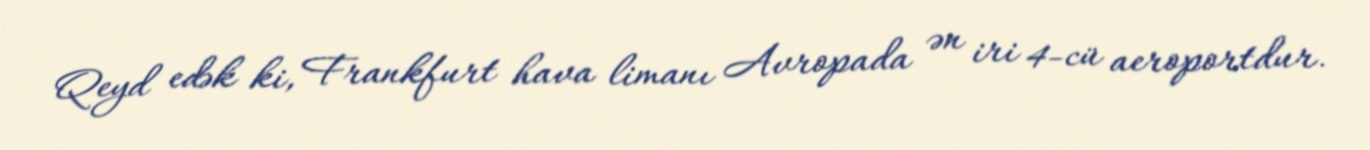
Qeyd edək ki, Frankfurt hava limanı Avropada ən iri 4-cü aeroportdur.